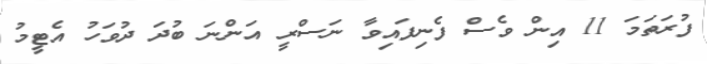
ފުރަތަމަ 11 އިން ވެސް ފެނިފައިވާ ނަސްރީ އަންނަ ބުދަ ދުވަހު އެޓީމު